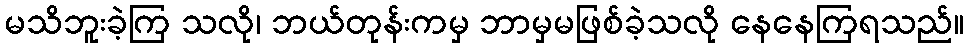
မသိဘူးခဲ့ကြ သလို၊ ဘယ်တုန်းကမှ ဘာမှမဖြစ်ခဲ့သလို နေနေကြရသည်။